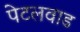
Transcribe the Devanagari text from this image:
पेटलवाड